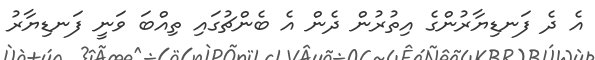
އެ ދެ ފަނޑިޔާރުންގެ އިތުރުން ދެން އެ ބެންޗުގައި ތިއްބަ ވަނީ ފަނޑިޔާރު